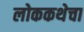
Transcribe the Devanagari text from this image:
लोककथेचा